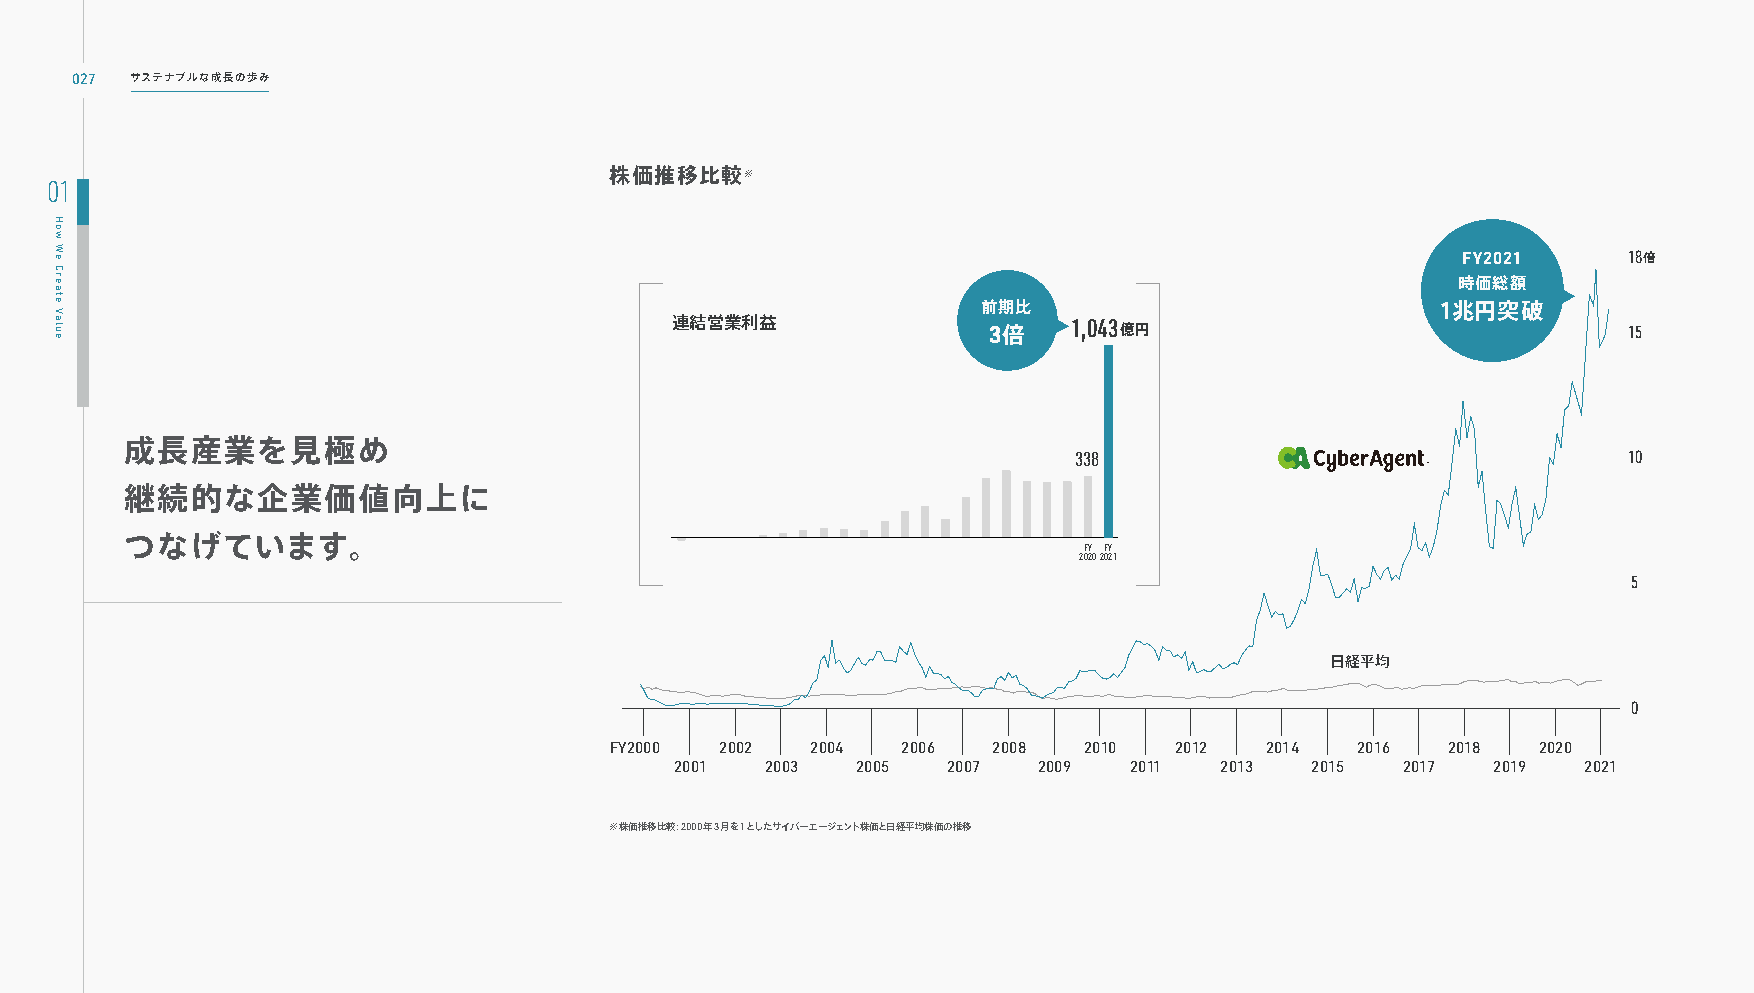
027 サステナブルな成長の歩み
 株価推移比較※
 01
 FY2021     18倍
 時価総額
 前期比                           1兆円突破
 連結営業利益
 3倍
 1,043億円
 15
 成長産業を見極め
 338                                  10
 継続的な企業価値向上に
 つなげています。
 FY FY
 20202021
 5
 日経平均
 0
 FY2000  2002  2004  2006  2008  2010  2012  2014  2016  2018  2020
 2001  2003  2005  2007  2009  2011  2013  2015  2017  2019  2021
 ※株価推移比較：2000年3月を1としたサイバーエージェント株価と日経平均株価の推移
 How
 We
 Create
 Value